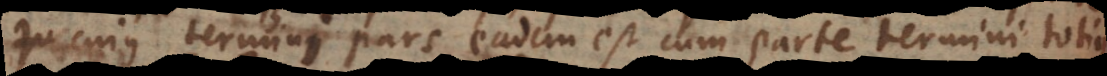
cujus termini pars eadem est cum parte termini totius.